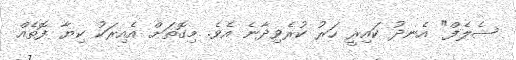
ޝެލެފް" އެނދު ކައިރީ ހަރު ކުރެވިދާނެ އެވެ. މިގޮތަށް އެއިރަކު ކިޔާ ފޮތެއް